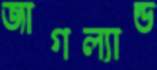
জাগল্যান্ড